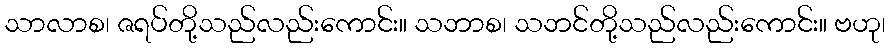
သာလာစ၊ ဇရပ်တို့သည်လည်းကောင်း။ သဘာစ၊ သဘင်တို့သည်လည်းကောင်း။ ဗဟု၊